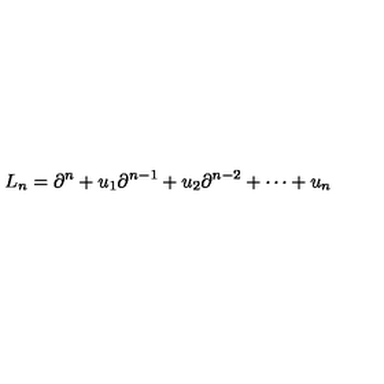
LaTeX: L _ { n } = \partial ^ { n } + u _ { 1 } \partial ^ { n - 1 } + u _ { 2 } \partial ^ { n - 2 } + \cdots + u _ { n }